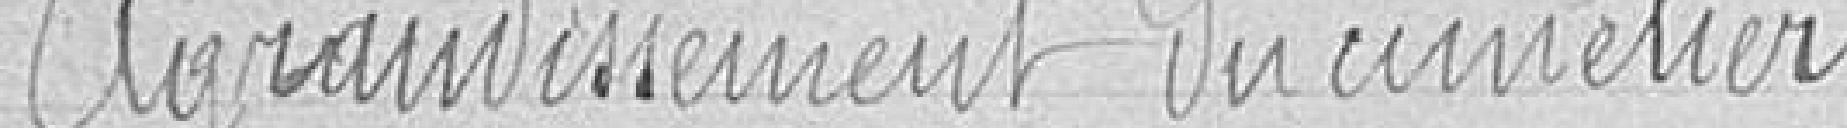
Agrandissement du cimetière